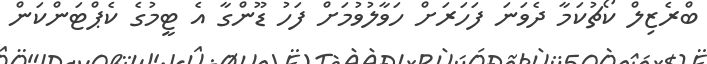
ބްރެޒިލް ކޯޗުކަމާ ދެވަނަ ފަހަރަށް ހަވާލުވުމަށް ފަހު ޑޫންގާ އެ ޓީމުގެ ކެޕްޓަންކަން